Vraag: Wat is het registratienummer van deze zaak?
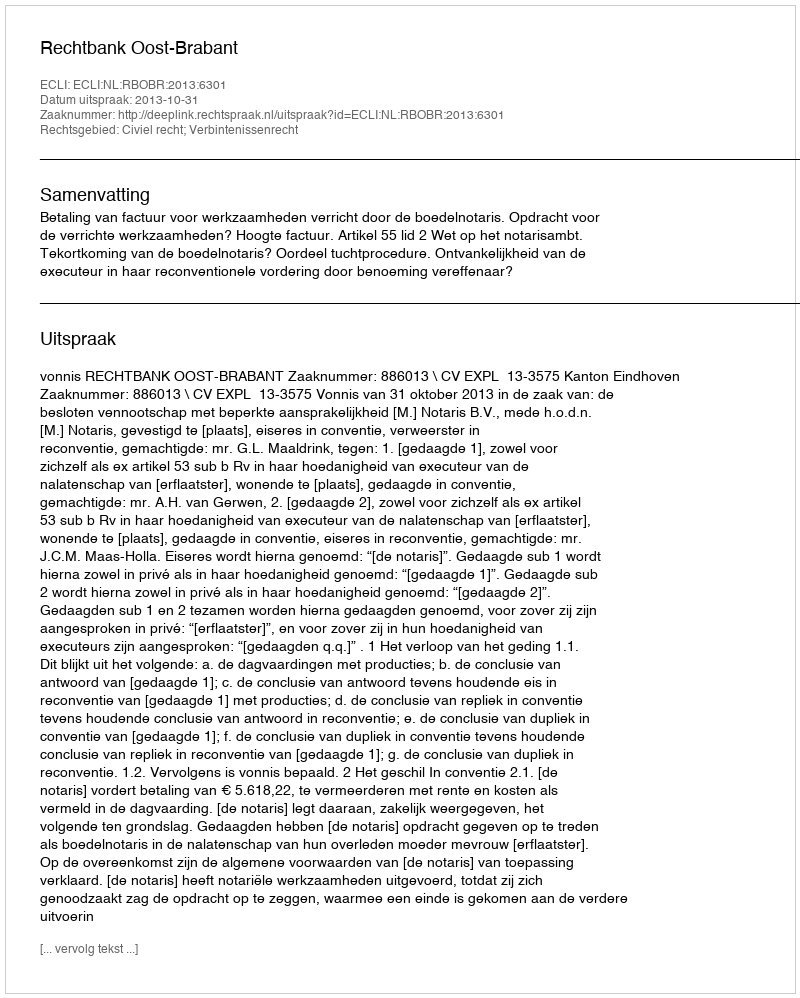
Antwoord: http://deeplink.rechtspraak.nl/uitspraak?id=ECLI:NL:RBOBR:2013:6301